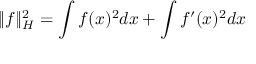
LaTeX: \| f \| _ { H } ^ { 2 } = \int f ( x ) ^ { 2 } d x + \int f ^ { \prime } ( x ) ^ { 2 } d x